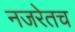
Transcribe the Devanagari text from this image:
नजरेतच